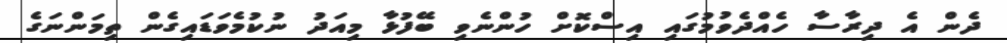
ދެން އެ ދިރާސާ ހެއްދެވުމުގައި އިސްކޮށް ހުންނެވި ބޭފުޅާ މިއަދު ނުކުމެވަޑައިގެން ތިމަންނަގެ